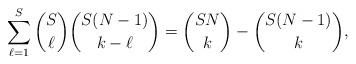
LaTeX: \begin{align*} \sum_{\ell=1}^{S}\binom{S}{\ell}\binom{S(N-1)}{k-\ell}=\binom{SN}{k}-\binom{S(N-1)}{k},\end{align*}